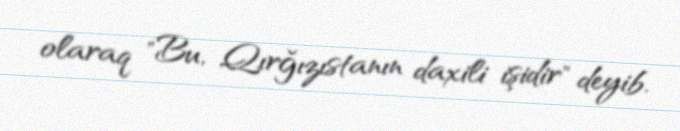
olaraq "Bu, Qırğızıstanın daxili işidir" deyib.